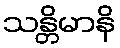
သန္တိမာနိ